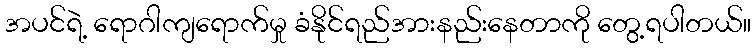
အပင်ရဲ့ ရောဂါကျရောက်မှု ခံနိုင်ရည်အားနည်းနေတာကို တွေ့ရပါတယ်။